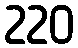
220